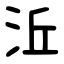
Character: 㳋